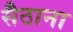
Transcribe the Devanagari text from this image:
सैठाना